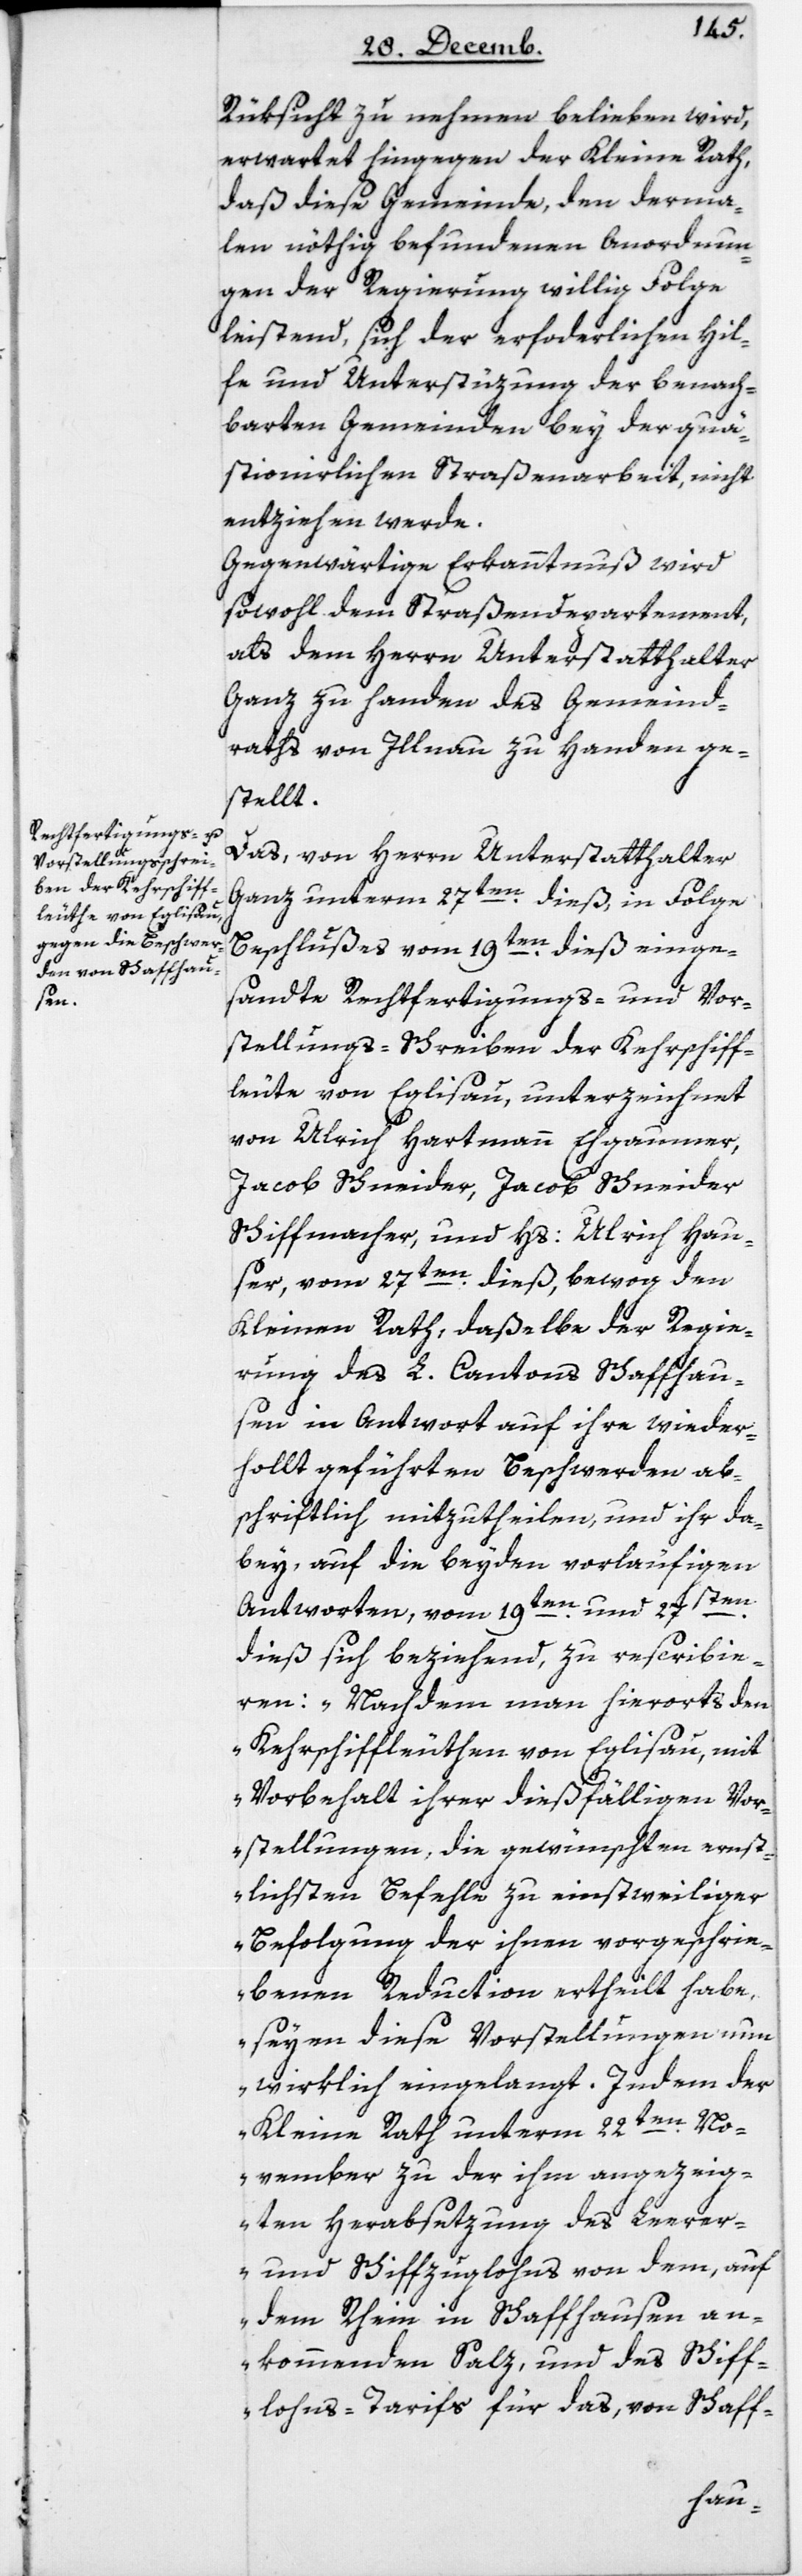
Rüksicht zu nehmen belieben wird,
erwartet hingegen der Kleine Rath,
daß diese Gemeinde den derma¬
len nöthig befundenen Anordnun¬
gen der Regierung willig Folge
leistend, sich der erforderlichen Hil¬
fe und Unterstüzung der benach¬
barten Gemeinden bey der quä¬
stionierlichen Straßenarbeit, nicht
entziehen werde.
Gegenwärtige Erkanntnuß wird
sowohl dem Straßendepartement
als dem Herrn Unterstatthalter
Ganz zu Handen des Gemeind¬
raths von Illnau zu Handen ge¬
stellt.
Das von Herrn Unterstatthalter
Ganz unterm 27ten dieß, in Folge
Beschlußes vom 19ten dieß einge¬
sandte Rechtfertigungs- und Vor¬
stellungs-Schreiben der Kehrschiff¬
leuthe von Eglisau, unterzeichnet
von Ulrich Hartmann Ehgaumer,
Jacob Schneider, Jacob Schneider
Schiffmacher, und Hs. Ulrich Hau¬
ser, vom 27ten dieß, bewog den
Kleinen Rath, daßelbe der Regie¬
rung des L. Cantons Schaffhaus¬
en in Antwort auf ihre wieder¬
holt geführten Beschwerden ab¬
schriftlich mitzutheilen, und ihr da¬
bey, auf die beyden vorläufigen
Antworten, vom 19ten und 27sten
dieß sich beziehend, zu rescribie¬
ren: „Nachdem man hierorts den
Kehrschiffleuten von Eglisau, mit
Vorbehalt ihrer dießfälligen Vor¬
stellungen, die gewünschten ernst¬
lichsten Befehle zu einstweiliger
Befolgung der ihnen vorgeschrie¬
benen Reduction ertheilt habe,
seinen diese Vorstellungen nun
wirklich eingelangt. Indem der
Kleine Rath unterm 22ten No¬
vember zu der ihm angezeig¬
ten Herabsetzung des Leerer-
und Schiffzuglohns von dem, auf
dem Rhein in Schaffhausen an¬
kommenden Salz, und des Schiff¬
lohns-Tarifs für das, von Schaff-